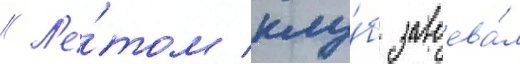
// Л'е́том клу́б завоева́л